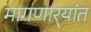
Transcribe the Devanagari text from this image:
मागणार्‍यांत